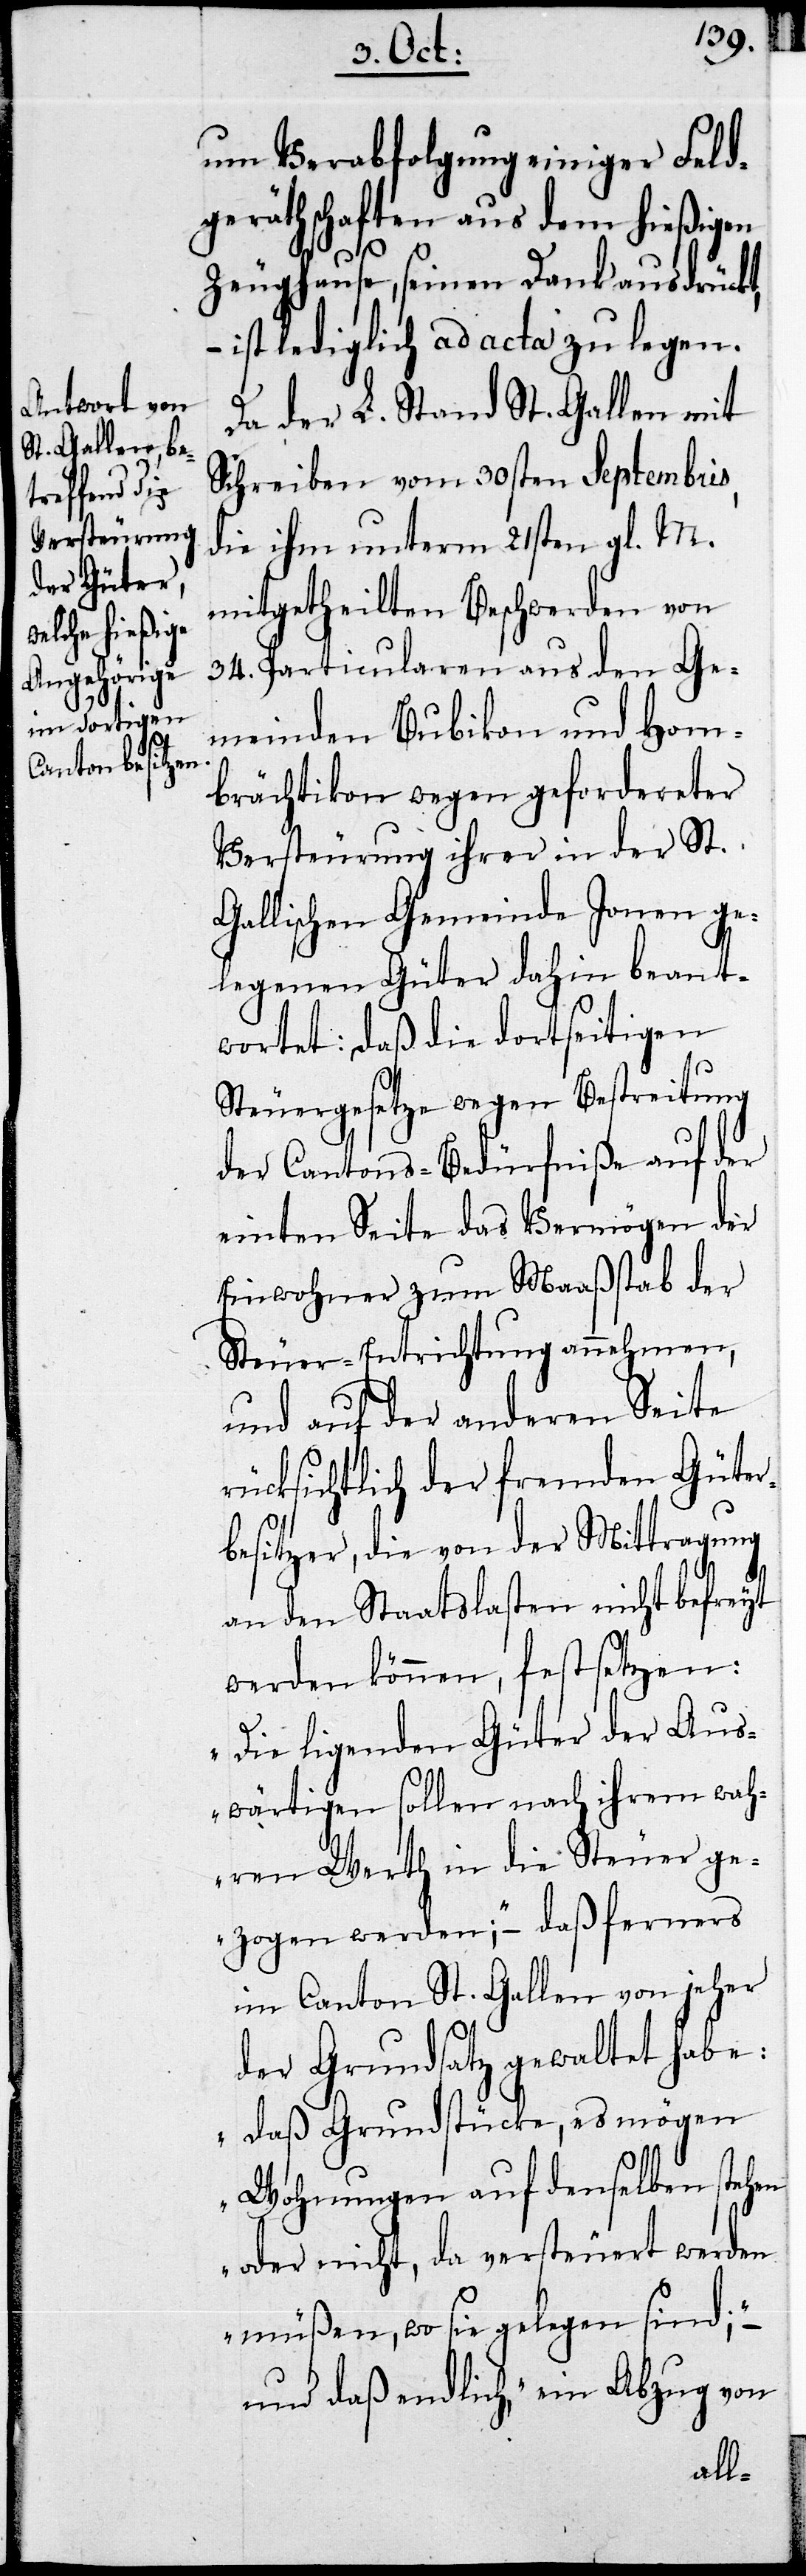
um Verabfolgung einiger Feld¬
geräthschaften aus dem hießigen
Zeughause, seinen Dank ausdrückt,
ist lediglich ad acta zu legen.
Da der L. Stand St. Gallen mit
Schreiben vom 30sten Septembris,
die ihm unterm 21sten gl. M.
mitgetheilten Beschwerden von
34. Particularen aus den Ge¬
meinden Bubikon und Hom¬
brächtikon wegen gefordereter
Versteurung ihrer in der St.
Gallischen Gemeinde Jonen ge¬
legenen Güter dahin beant¬
wortet: daß die dortseitigen
Steuergesetze wegen Bestreitung
der Cantons-Bedürfniße auf der
einten Seite das Vermögen der
Einwohner zum Maßstab der
Steuer-Entrichtung annehmen,
und auf der anderen Seite
rücksichtlich der fremden Güter¬
besitzer, die von der Mittragung
an den Staatslasten nicht befreyt
werden können, festsetzen:
„Die liegenden Güter der Aus¬
wärtigen sollen nach ihrem wah¬
ren Werth in die Steuer ge¬
zogen werden;“ – daß ferners
im Canton St. Gallen von jeher
der Grundsatz gewaltet habe:
„daß Grundstücke, es mögen
Wohnungen auf denselben stehen
oder nicht, da versteuert werden
müßen, wo sie gelegen sind;“ –
und daß endlich, „ein Abzug von